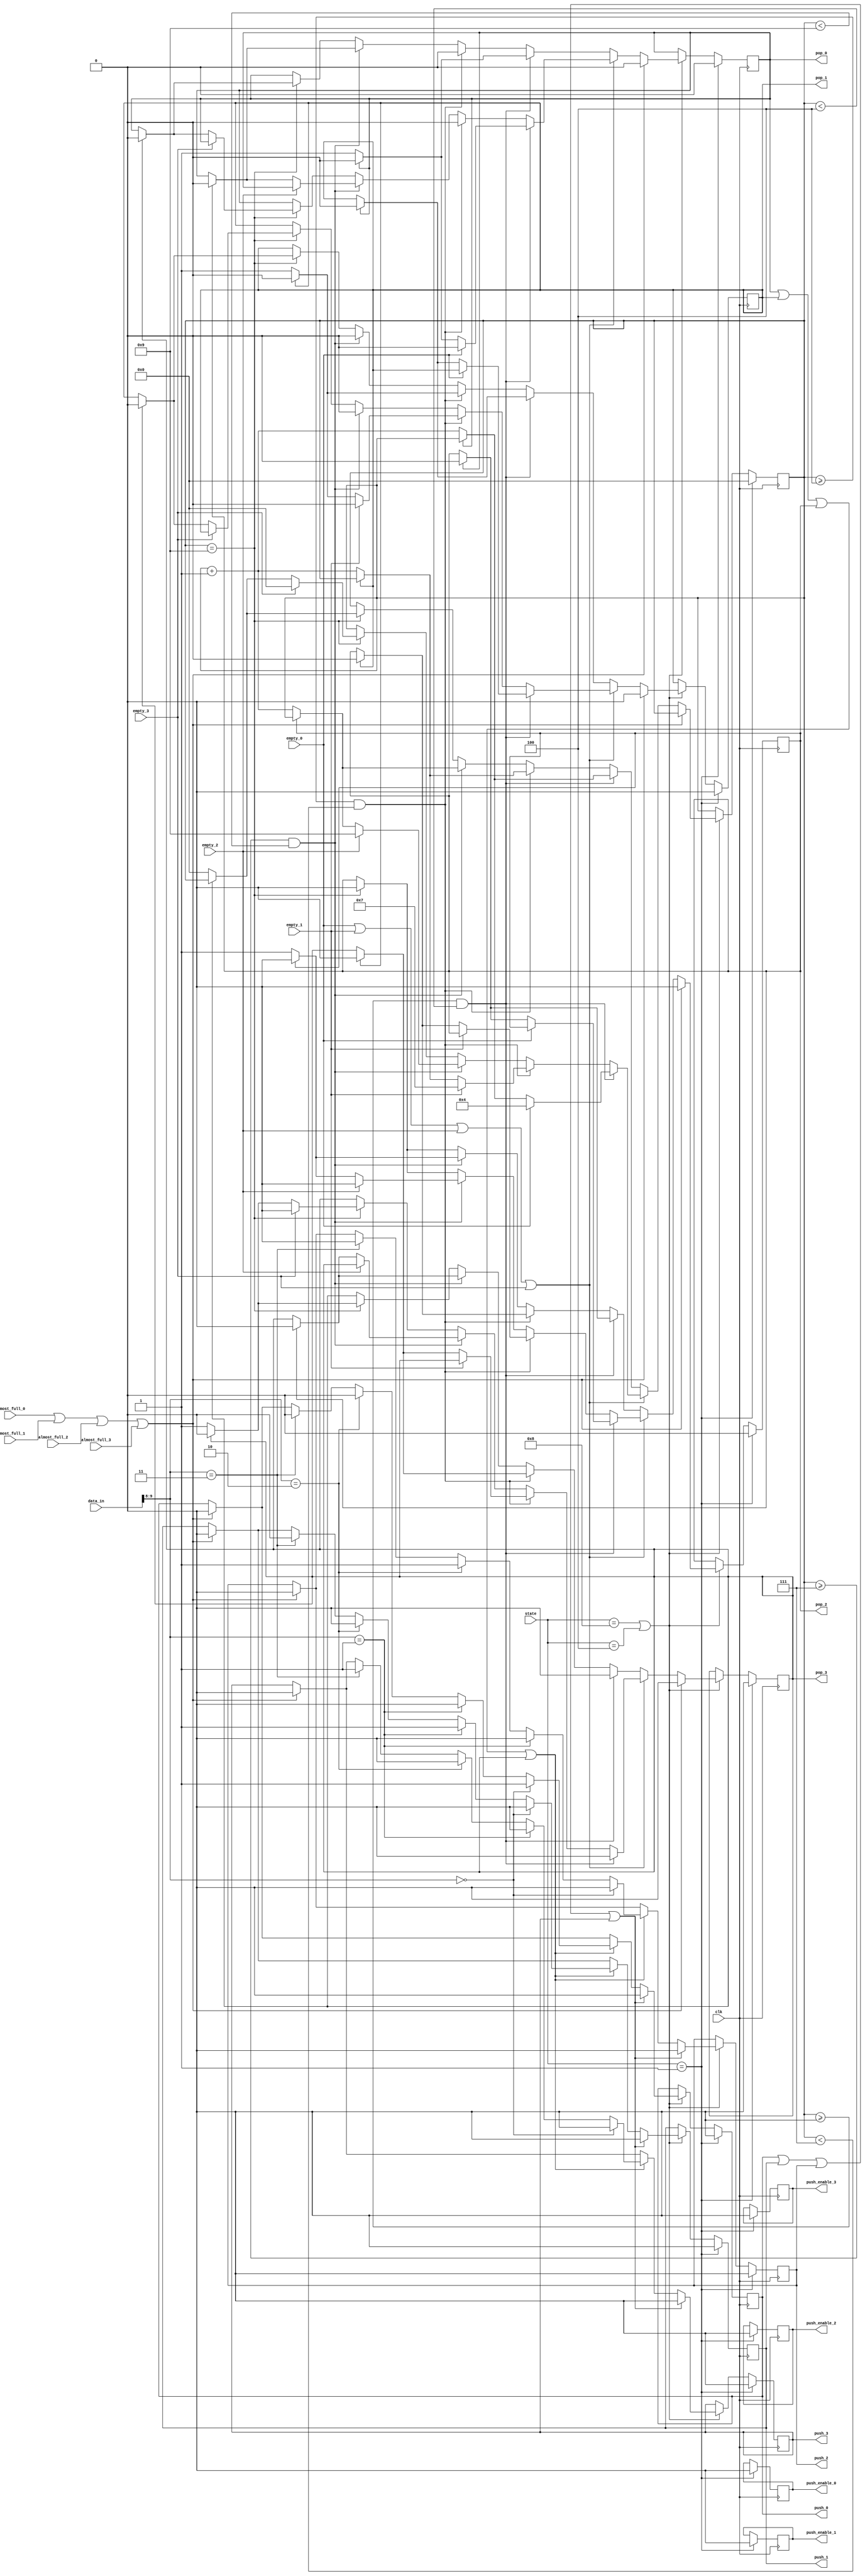



module referee_1 (
    output reg push_0, push_1, push_2, push_3,
    output reg pop_0, pop_1, pop_2, pop_3,
    output reg push_enable_0, push_enable_1, push_enable_2, push_enable_3,
    //output reg [11:0] data_out,
    input [11:0] data_in, // [9:8] dest
    input almost_full_0, almost_full_1, almost_full_2, almost_full_3,
    input empty_0, empty_1, empty_2, empty_3,
    input clk,
    input [3:0] state
);
    //reg [3:0] rr_pop_toggle;
    reg [3:0] wrr_pop_toggle;
    reg [1:0] push_toggle;

    always @(posedge clk) begin
        if (state == 'b0001) begin
            push_0  <= 0;
            push_1 <= 0;
            push_2 <= 0;
            push_3 <= 0;

            pop_0 <= 0;

            pop_1 <= 0;
            pop_2 <= 0;
            pop_3 <= 0;
            //data_out <= 0;
            wrr_pop_toggle <= 0;

            push_toggle <= 0;
            push_enable_0 <= 0;
            push_enable_1 <= 0;
            push_enable_2 <= 0;
            push_enable_3 <= 0;           


        end
        else if(state == 'b1000 || state == 'b0100) begin

            if (almost_full_0|almost_full_1|almost_full_2|almost_full_3) begin
                push_0 <= 0;
                push_1 <= 0;
                push_2 <= 0;
                push_3 <= 0;
                pop_0 <= 0; 
                pop_1 <= 0;
                pop_2 <= 0; 
                pop_3 <= 0;                

                // WEIGHTED ROUND ROBIN STARTS FOR FIFOS
                                
            end

            // ROUND ROBIN STARTS FOR FIFOS

            else if (empty_0|empty_1|empty_2|empty_3) begin
                if(wrr_pop_toggle >= 0 && wrr_pop_toggle < 4)begin
                    if (empty_0) begin
                        pop_3 <= 0;
                        pop_0 <= 0;
                        wrr_pop_toggle <= 4;
                    end
                    else if (pop_0 == 1) begin
                        pop_0 <= 0;
                        pop_1 <= 0;
                        pop_2 <= 0;
                        pop_3 <= 0;
                    end
                    else begin
                        pop_3 <= 0;                        
                        pop_0 <= 1;                    
                        wrr_pop_toggle <= wrr_pop_toggle + 1;
                    end
                end
                else if(wrr_pop_toggle >= 4  && wrr_pop_toggle < 7)begin
                    if (empty_1) begin
                        pop_0 <= 0;
                        pop_1 <= 0;
                        wrr_pop_toggle <= 7;
                    end
                    else if (pop_1 == 1) begin
                        pop_0 <= 0;
                        pop_1 <= 0;
                        pop_2 <= 0;
                        pop_3 <= 0;
                    end
                    else begin
                        pop_0 <= 0;                        
                        pop_1 <= 1;                    
                        wrr_pop_toggle <= wrr_pop_toggle + 1;
                    end
                end
                else if(wrr_pop_toggle >= 7  && wrr_pop_toggle < 9)begin
                    if (empty_2) begin
                        pop_1 <= 0;                            
                        pop_2 <= 0;
                        wrr_pop_toggle <= 9;
                    end
                    else if (pop_2 == 1) begin
                        pop_0 <= 0;
                        pop_1 <= 0;
                        pop_2 <= 0;
                        pop_3 <= 0;
                    end
                    else begin
                        pop_1 <= 0;                        
                        pop_2 <= 1;                    
                        wrr_pop_toggle <= wrr_pop_toggle + 1;
                    end
                end
                else if(wrr_pop_toggle == 9)begin
                    if (empty_3) begin
                        pop_2 <= 0;                            
                        pop_3 <= 0;
                        wrr_pop_toggle <= 0;
                    end
                    else if (pop_3 == 1) begin
                        pop_0 <= 0;
                        pop_1 <= 0;
                        pop_2 <= 0;
                        pop_3 <= 0;
                    end
                    else begin
                        pop_2 <= 0;                        
                        pop_3 <= 1;                    
                        wrr_pop_toggle <= 0;
                    end
                end
            end
            else begin
                if (wrr_pop_toggle >= 0 && wrr_pop_toggle < 4) begin
                    if (pop_0 == 1) begin
                        pop_0 <= 0;
                        pop_1 <= 0;
                        pop_2 <= 0;
                        pop_3 <= 0;
                    end
                    else begin 
                        pop_3 <= 0;
                        pop_0 <= 1;
                        wrr_pop_toggle <= wrr_pop_toggle + 1;
                    end
                end
                else if (wrr_pop_toggle >= 4  && wrr_pop_toggle < 7) begin
                    if (pop_1 == 1) begin
                        pop_0 <= 0;
                        pop_1 <= 0;
                        pop_2 <= 0;
                        pop_3 <= 0;

                    end
                    else begin 
                        pop_0 <= 0;
                        pop_1 <= 1;
                        wrr_pop_toggle <= wrr_pop_toggle + 1;
                    end                   
                end
                else if (wrr_pop_toggle >= 7  && wrr_pop_toggle < 9) begin
                    if (pop_2 == 1) begin
                        pop_0 <= 0;
                        pop_1 <= 0;
                        pop_2 <= 0;
                        pop_3 <= 0;
                    end
                    else begin 
                        pop_1 <= 0;
                        pop_2 <= 1;
                        wrr_pop_toggle <= wrr_pop_toggle + 1;
                    end                   
                end
                else if (wrr_pop_toggle == 9) begin
                    if (pop_3 == 1) begin
                        pop_0 <= 0;
                        pop_1 <= 0;
                        pop_2 <= 0;
                        pop_3 <= 0;
                    end
                    else begin 
                        pop_2 <= 0;
                        pop_3 <= 1;
                        wrr_pop_toggle <= 0;
                    end
                end
            end
            if (pop_0|pop_1|pop_2|pop_3) begin
                if (data_in[9:8] == 'b00) begin
                    push_0 <= 1;
                    push_1 <= 0;
                    push_2 <= 0;
                    push_3 <= 0;                     
                end
                else if (data_in[9:8] == 'b01) begin
                    push_0 <= 0;
                    push_1 <= 1;
                    push_2 <= 0;
                    push_3 <= 0;
                end
                else if (data_in[9:8] == 'b10) begin
                    push_0 <= 0;
                    push_1 <= 0;
                    push_2 <= 1;
                    push_3 <= 0;
                end
                else if (data_in[9:8] == 'b11) begin
                    push_0 <= 0;
                    push_1 <= 0;
                    push_2 <= 0;
                    push_3 <= 1;
                end
            end
            if (push_0|push_1|push_2|push_3) begin
                push_0 <= 0;
                push_1 <= 0;
                push_2 <= 0;
                push_3 <= 0;                     
            end            
        end
    end
endmodule